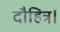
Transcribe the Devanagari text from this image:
दौहित्र।